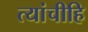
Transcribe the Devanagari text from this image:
त्यांचीहि